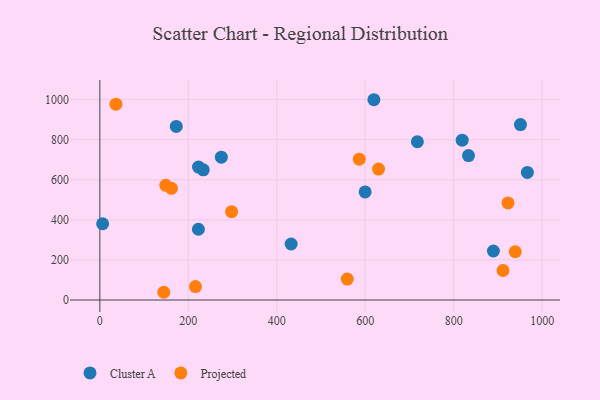
{"axis": {"x": "Ad Spend", "y": "Demand"}, "legend": ["Cluster A", "Projected"], "data": [{"x": "833.5", "y": 721.1, "type": "Cluster A"}, {"x": "233.8", "y": 649.9, "type": "Cluster A"}, {"x": "619.6", "y": 999.6, "type": "Cluster A"}, {"x": "966.6", "y": 636.8, "type": "Cluster A"}, {"x": "223.1", "y": 663.6, "type": "Cluster A"}, {"x": "274.7", "y": 713.1, "type": "Cluster A"}, {"x": "222.8", "y": 353.1, "type": "Cluster A"}, {"x": "951.0", "y": 875.5, "type": "Cluster A"}, {"x": "819.2", "y": 797.9, "type": "Cluster A"}, {"x": "889.8", "y": 244.7, "type": "Cluster A"}, {"x": "432.5", "y": 279.6, "type": "Cluster A"}, {"x": "172.8", "y": 866.5, "type": "Cluster A"}, {"x": "6.3", "y": 380.7, "type": "Cluster A"}, {"x": "599.8", "y": 539.7, "type": "Cluster A"}, {"x": "717.9", "y": 790.0, "type": "Cluster A"}, {"x": "297.9", "y": 440.9, "type": "Projected"}, {"x": "216.2", "y": 66.9, "type": "Projected"}, {"x": "36.4", "y": 977.2, "type": "Projected"}, {"x": "161.8", "y": 557.7, "type": "Projected"}, {"x": "144.5", "y": 38.7, "type": "Projected"}, {"x": "630.1", "y": 653.5, "type": "Projected"}, {"x": "911.5", "y": 147.3, "type": "Projected"}, {"x": "939.2", "y": 241.0, "type": "Projected"}, {"x": "586.5", "y": 702.9, "type": "Projected"}, {"x": "149.1", "y": 572.3, "type": "Projected"}, {"x": "922.8", "y": 484.4, "type": "Projected"}, {"x": "559.4", "y": 104.6, "type": "Projected"}]}